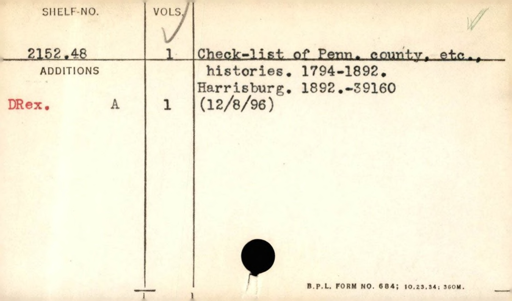
Label: content